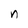
Character: n